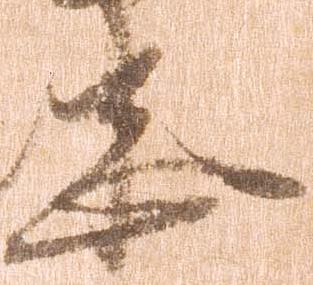
忠